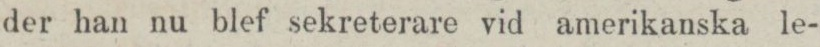
der han nu blef sekreterare vid amerikanska le-